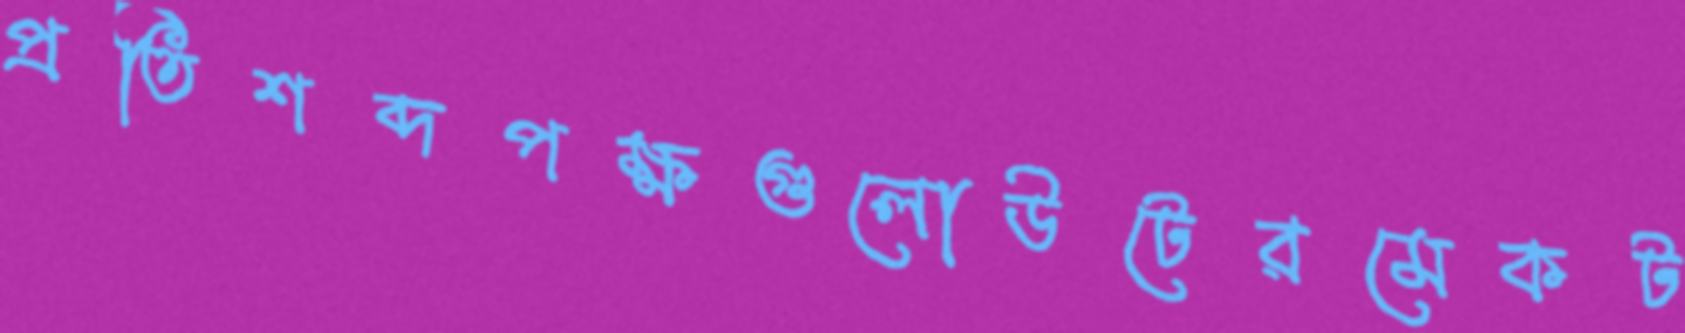
প্রতিশব্দপক্ষগুলোউটেরমেকট